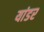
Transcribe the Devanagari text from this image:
यांडर